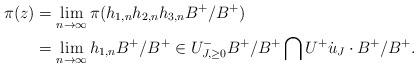
LaTeX: \begin{align*} \pi(z) &= \lim_{n \to \infty}\pi(h_{1,n} h_{2,n} h_{3,n} B^+/B^+) \\ &= \lim_{n \to \infty} h_{1,n} B^+ /B^+ \in U^-_{J,\ge 0} B^+/B^+ \bigcap U^+ \dot{u}_J \cdot B^+ / B^+.\end{align*}